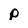
Character: p